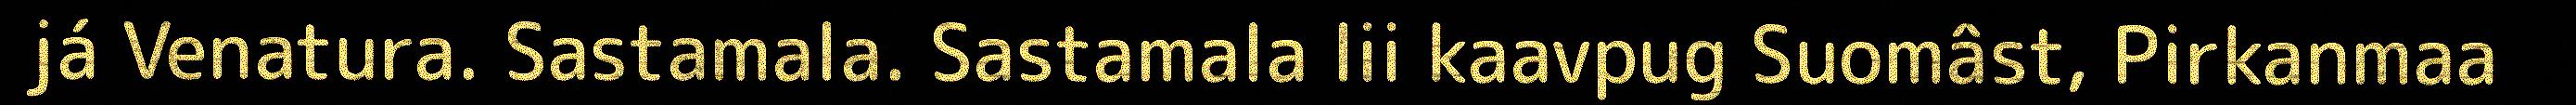
já Venatura. Sastamala. Sastamala lii kaavpug Suomâst, Pirkanmaa